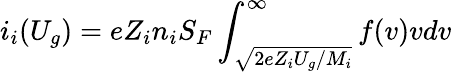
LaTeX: i_{i}(U_{g})=eZ_{i}n_{i}S_{F}\int_{\sqrt{2eZ_{i}U_{g}/M_{i}}}^{\infty}f(v)vdv